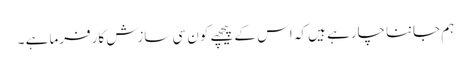
ہم جاننا چارہے ہیں کہ اس کے پیچھے کون سی سازش کارفرما ہے ۔